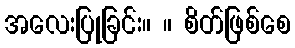
အလေးပြုခြင်း။ ။ စိတ်ဖြစ်စေ